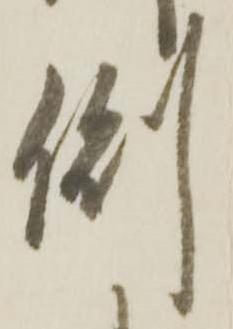
側